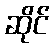
ဆိုင်